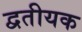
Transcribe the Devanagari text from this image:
द्वतीयक